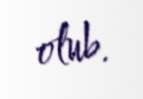
olub.